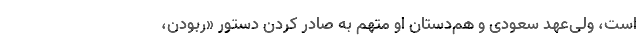
است، ولی‌عهد سعودی و هم‌دستان او متهم به صادر کردن دستور «ربودن،